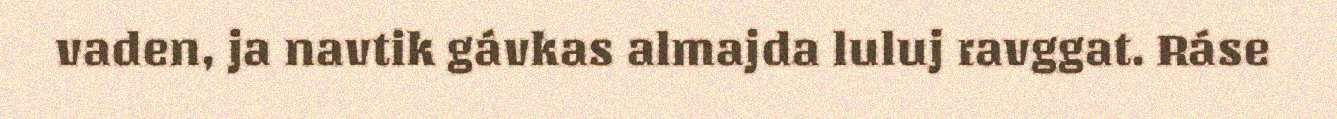
vaden, ja navtik gávkas almajda luluj ravggat. Ráse